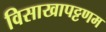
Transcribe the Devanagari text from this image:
विसाखापट्टणम